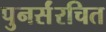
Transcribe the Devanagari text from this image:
पुनर्संरचित